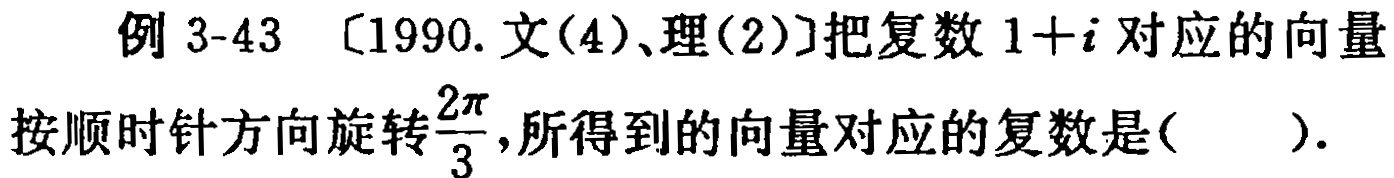
例 3-43 〔1990.文(4)、理(2)〕把复数 \(1 + i\) 对应的向量按顺时针方向旋转\(\frac{2\pi}{3}\)，所得到的向量对应的复数是(  ).